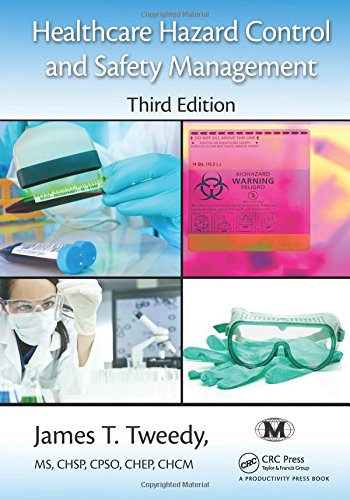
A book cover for Healthcare Hazard Control and Safety Management, Third Edition; James T. Tweedy; Medical Books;